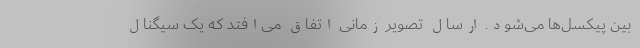
بین پیکسل‌ها می‌شود. ارسال تصویر زمانی اتفاق می‌افتد که یک سیگنال